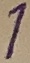
Text: 1